Selter,_Karl, lk 27
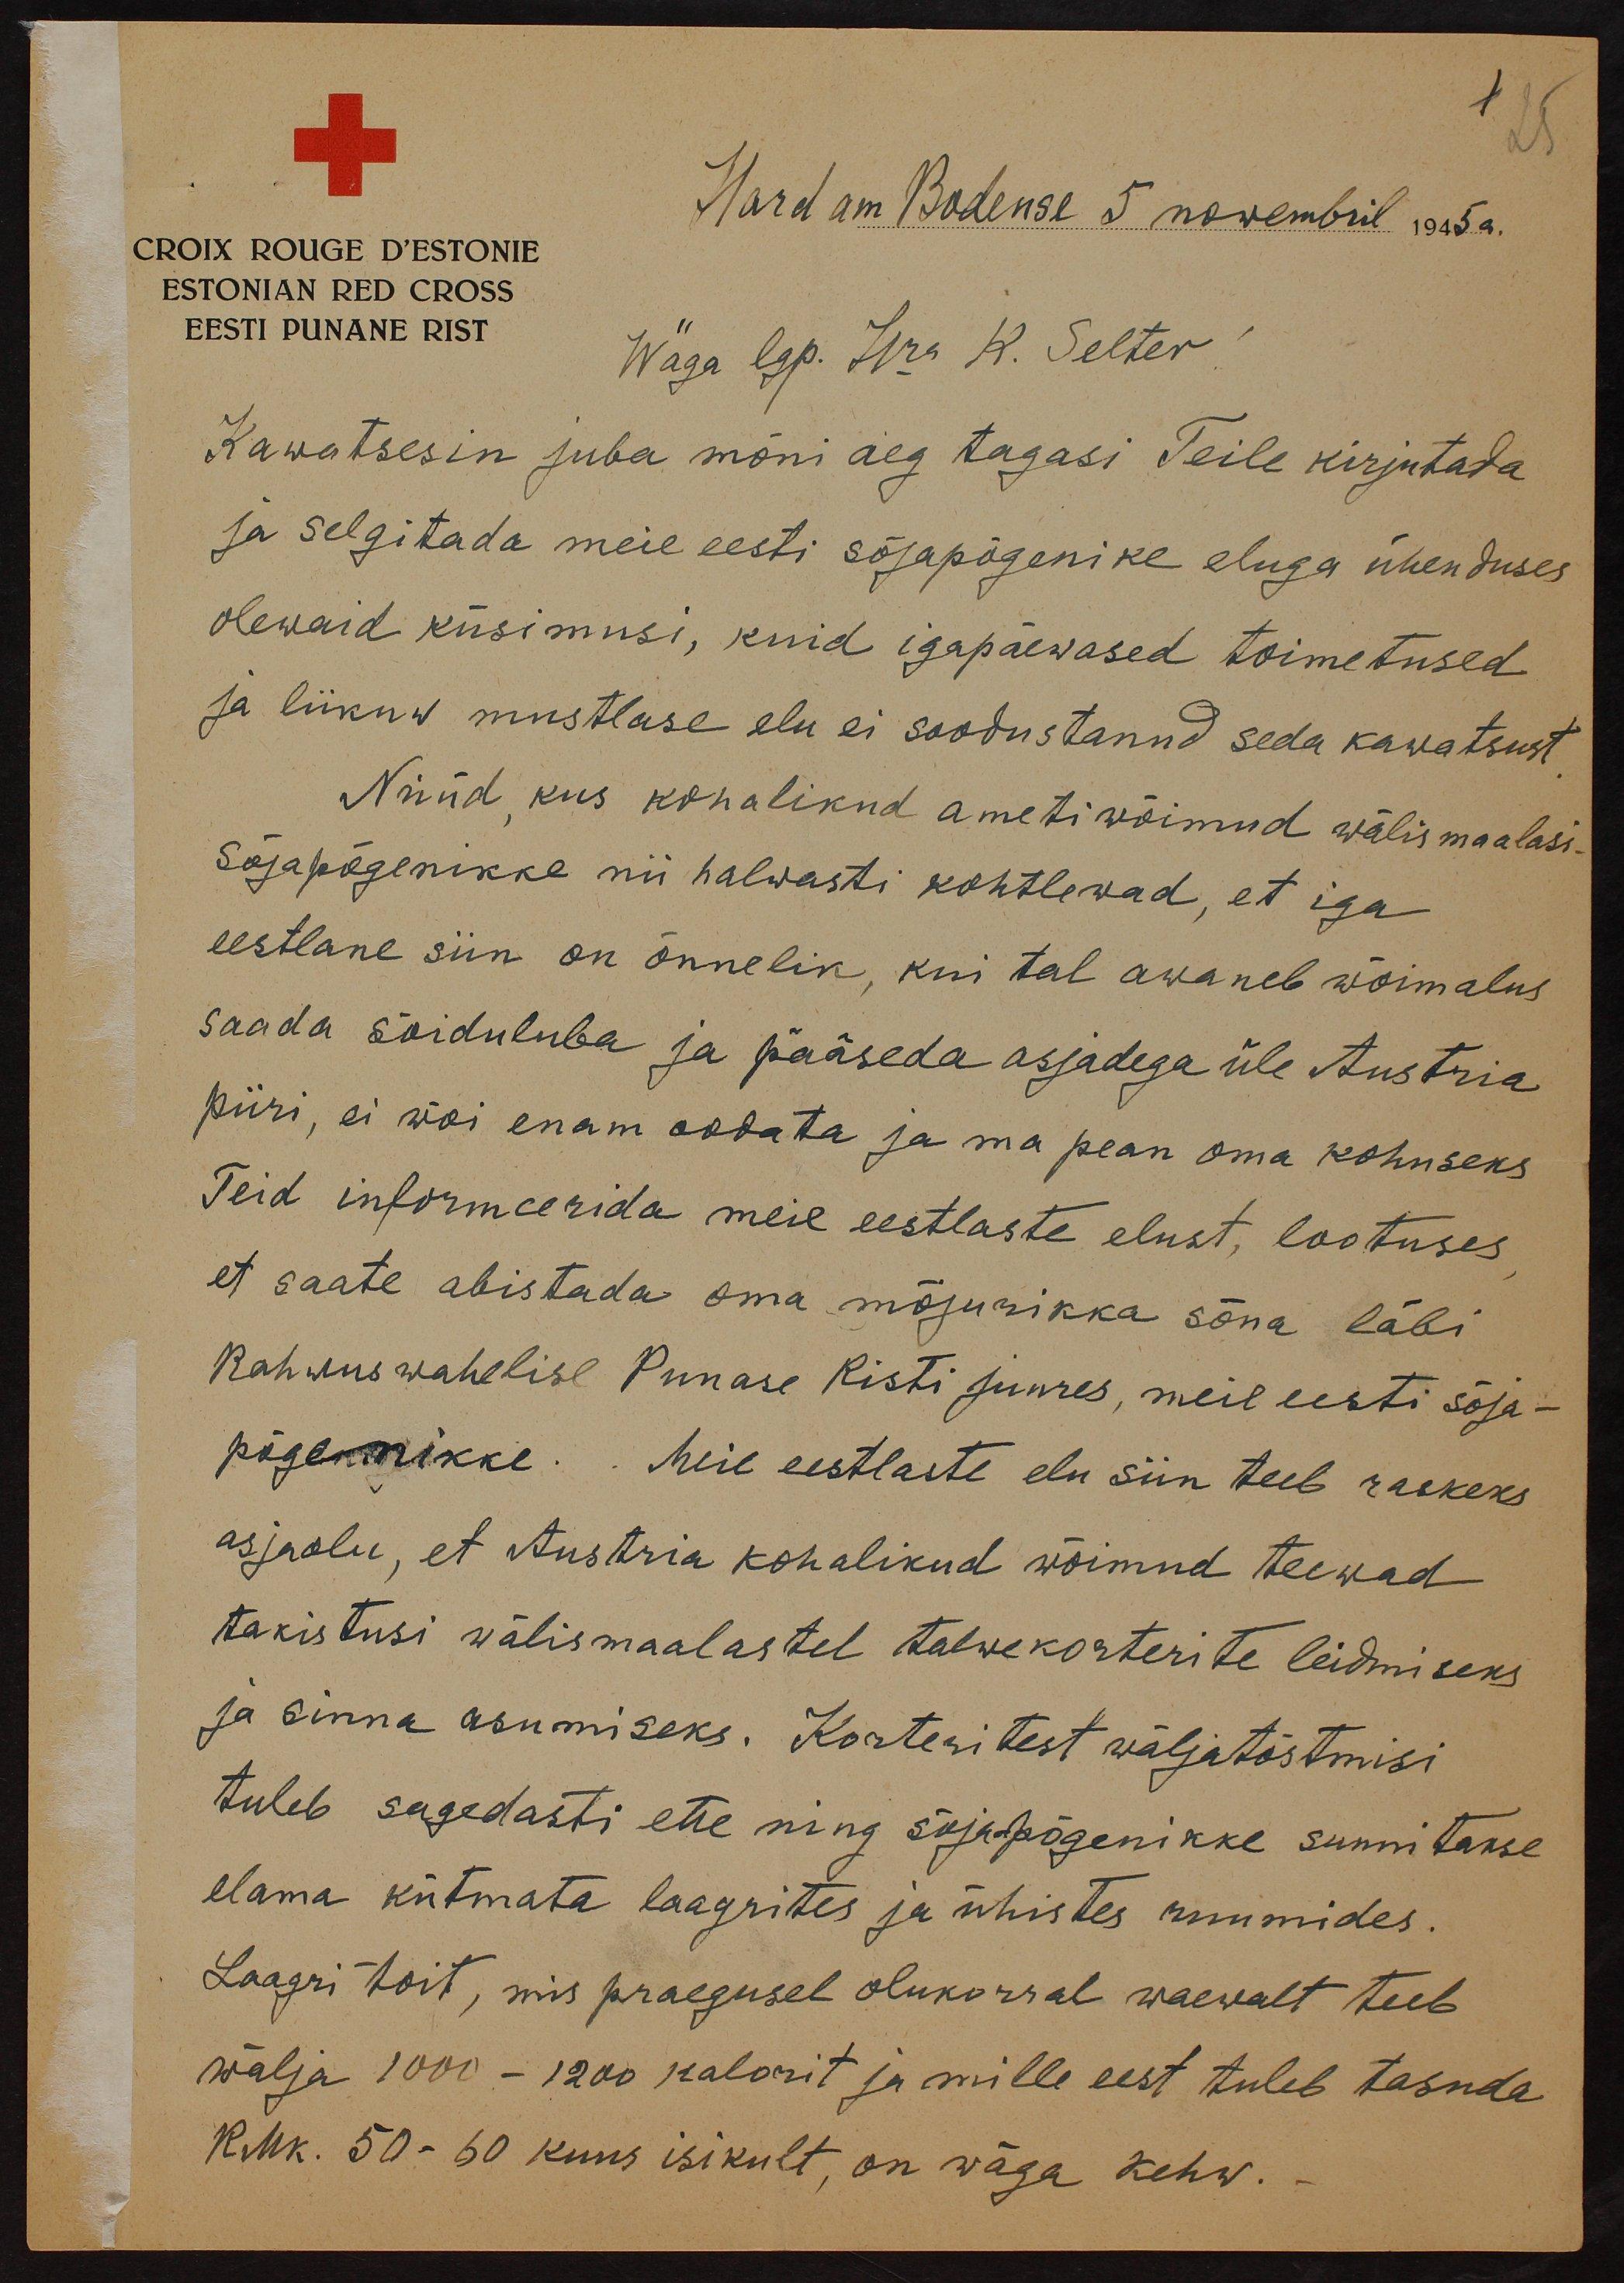
Hard am Bodense 5 nowembril 1945 a.
CROIX ROUGE D'ESTONIE
ESTONIAN RED CROSS
EESTI PUNANE RIST
Wäga lgp. Hra K. Selter
Kawatsesin juba mõni aeg tagasi Teile kirjutada
ja selgitada meie eesti sõjapõgenike eluga ühenduses
olewaid küsimusi, kuid igapäewased toimetused
ja liikuw mustlase elu ei soodustanud seda kawatsust.
Nüüd, kus kohalikud ametiwõimud wälismaalasi-
sõjapõgenikke nii halwasti kohtlewad, et iga
eestlane siin on õnnelik, kui tal awaneb wõimalus
saada sõiduluba ja pääseda asjadega üle Austria
piiri, ei wõi enam oodata ja ma pean oma kohuseks
Teid informeerida meie eestlaste elust, lootuses
et saate abistada oma mõjurikka sõna läbi
Rahwuswahelise Punase Risti juures, meie eesti sõja-
põgenikke. Meie eestlaste elu siin teeb raskeks
asjaolu, et Austria kohalikud wõimud teewad
takistusi wälismaalastel talwekorterite leidmiseks
ja sinna asumiseks. Korteritest wäljatõstmisi
tuleb sagedasti ette ning sõjapõgenikke sunnitakse
elama kütmata laagrites ja ühistes ruumides.
Laagri toit, mis praegusel olukorral waewalt teeb
wälja 1000 - 1200 kalorit ja mille eest tuleb tasuda
RMK. 50 - 60 kuus isikult, on wäga kehw. -